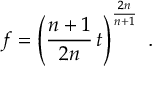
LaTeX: f = \left( \frac { n + 1 } { 2 n } \, t \right) ^ { \frac { 2 n } { n + 1 } } \ .